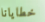
خطايانا